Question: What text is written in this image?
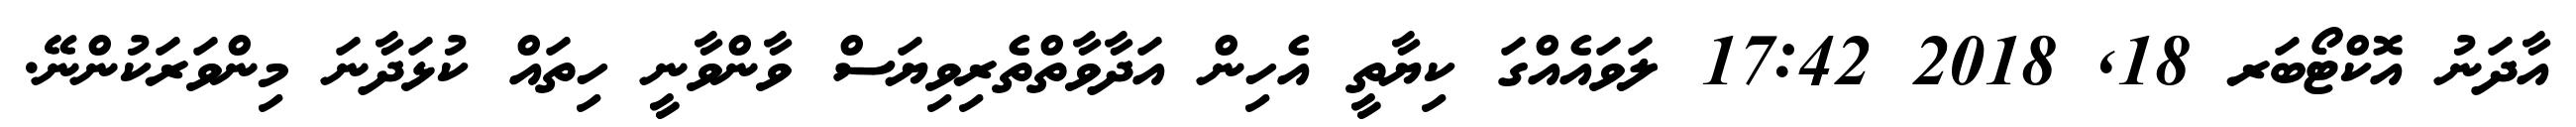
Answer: އާދަނު އޮކްޓޯބަރ 18, 2018 17:42 ލަވައެއްގަ ކިޔާތީ އެހިން އަދާވާތްތެރިވިޔަސް ވާންވާނީ ހިތައް ކުޅަދާނަ މިންވަރަކުންނޭ.